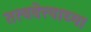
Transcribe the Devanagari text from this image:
तत्ववेत्त्याच्या